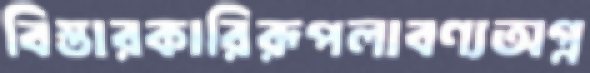
বিস্তারকারিরূপলাবণ্যঅগ্ন